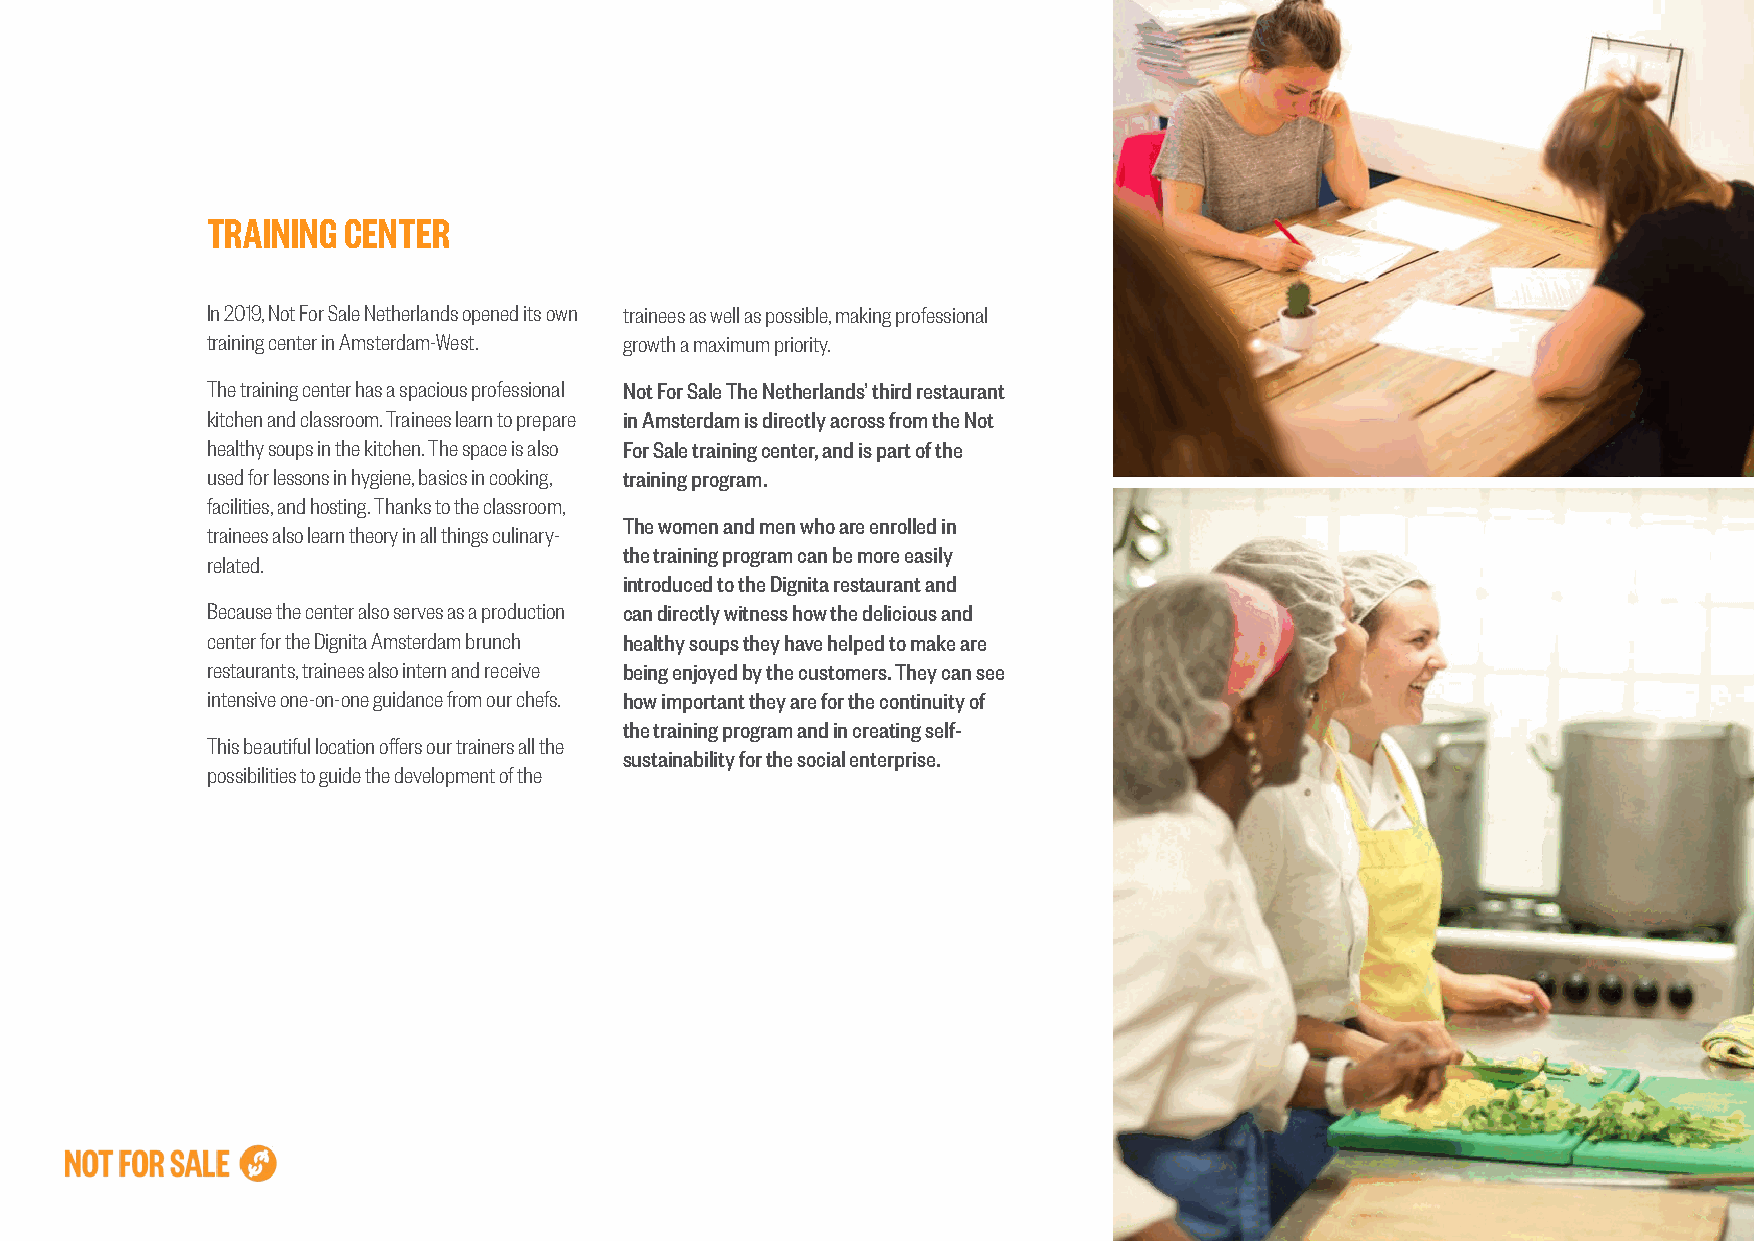
TRAINING CENTER
 In 2019, Not For Sale Netherlands opened its own trainees as well as possible, making professional
 training center in Amsterdam-West. growth a maximum priority.
 The training center has a spacious professional Not For Sale The Netherlands’ third restaurant
 kitchen and classroom. Trainees learn to prepare in Amsterdam is directly across from the Not
 healthy soups in the kitchen. The space is also For Sale training center, and is part of the
 used for lessons in hygiene, basics in cooking, training program.
 facilities, and hosting. Thanks to the classroom,
 The women and men who are enrolled in
 trainees also learn theory in all things culinary-
 the training program can be more easily
 related.
 introduced to the Dignita restaurant and
 Because the center also serves as a production can directly witness how the delicious and
 center for the Dignita Amsterdam brunch healthy soups they have helped to make are
 restaurants, trainees also intern and receive being enjoyed by the customers. They can see
 intensive one-on-one guidance from our chefs. how important they are for the continuity of
 the training program and in creating self-
 This beautiful location offers our trainers all the
 sustainability for the social enterprise.
 possibilities to guide the development of the